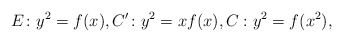
\begin{align*}E \colon y^2=f(x),C' \colon y^2=xf(x),C : y^2=f(x^2),\end{align*}